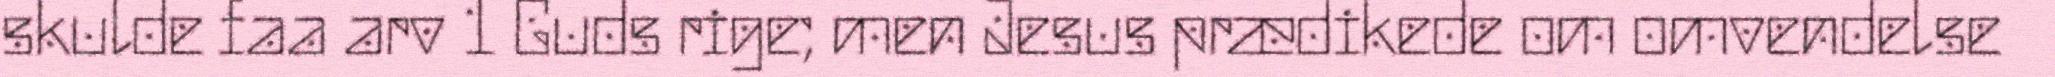
skulde faa arv 1 Guds rige; men Jesus prædikede om omvendelse